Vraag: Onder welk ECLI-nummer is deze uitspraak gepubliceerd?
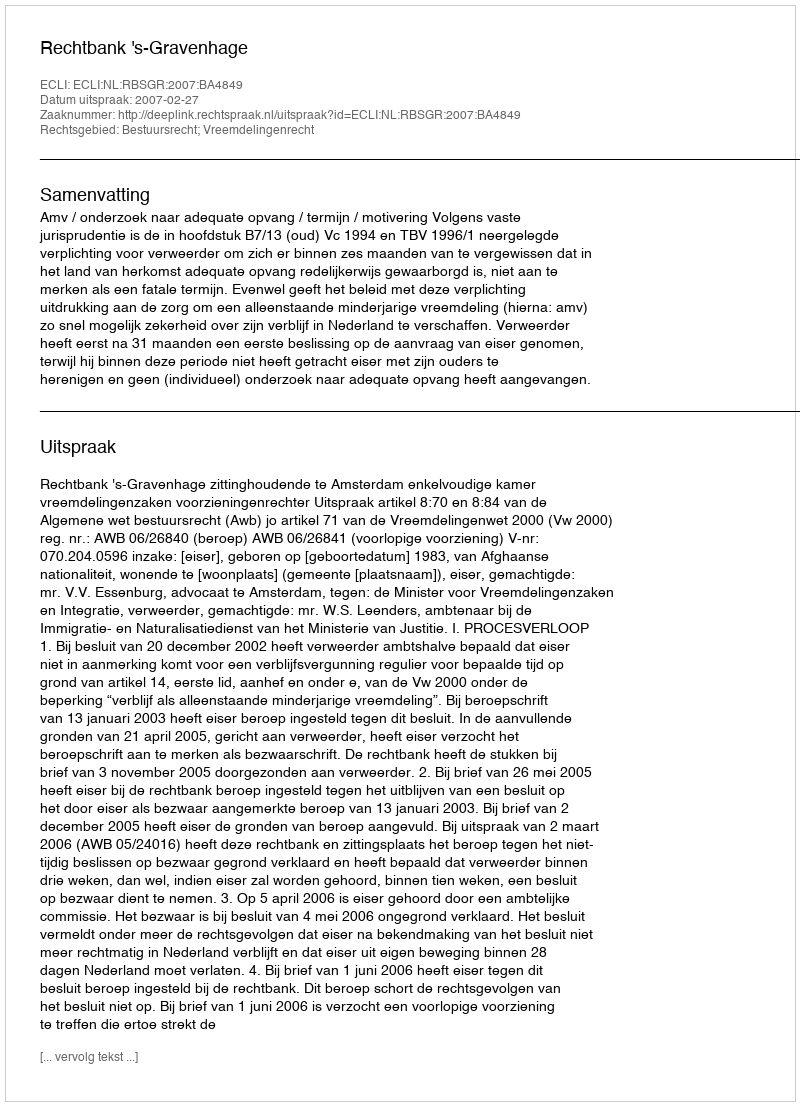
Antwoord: ECLI:NL:RBSGR:2007:BA4849